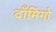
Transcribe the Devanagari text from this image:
दाँमिंगो